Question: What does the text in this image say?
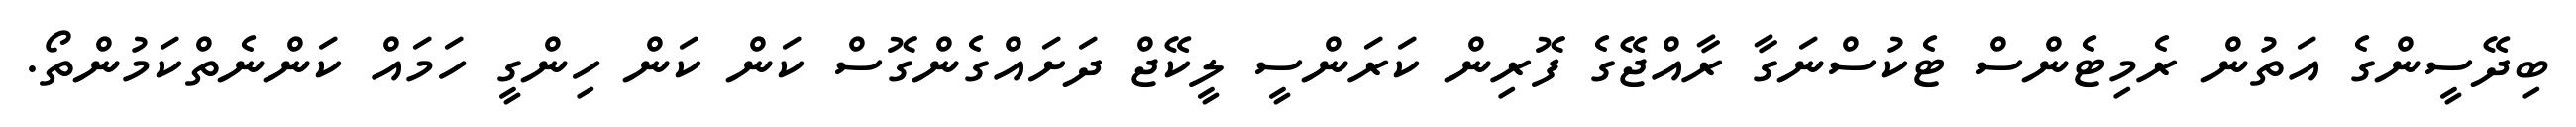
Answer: ބިދޭސީންގެ އަތުން ރެމިޓެންސް ޓެކުސްނަގާ ރާއްޖޭގެ ފޮރިން ކަރަންސީ ލީކޭޖް ދަށައްގެންގޮސް ކަން ކަން ހިންގީ ހަމައް ކަންނެތްކަމުންތޯ.